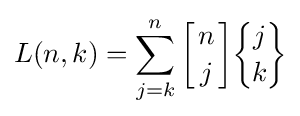
L(n,k)=\sum _{j=k}^{n}{\biggl [}{n \atop j}{\biggr ]}{\biggl \{}{\!j\! \atop \!k\!}{\biggr \}}